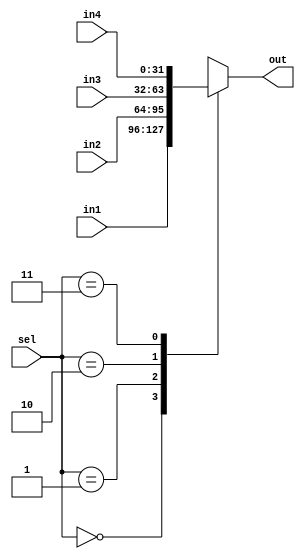
//4:1 multiplexer assuming data width to be 32 bits
module mux4_1(out,in1,in2,in3,in4,sel);
	input [31:0]in1,in2,in3,in4;
	input [1:0]sel;
	output reg[31:0]out;

	always@(*)
	begin
		case(sel)
		2'b00: out = in1;
		2'b01: out = in2;
		2'b10: out = in3;
		2'b11: out = in4;
		default: out = in1;
		endcase
	end
endmodule